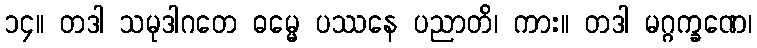
၁၄။ တဒါ သမုဒါဂတေ ဓမ္မေ ပဿနေ ပညာတိ၊ ကား။ တဒါ မဂ္ဂက္ခဏေ၊